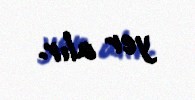
yer alır.